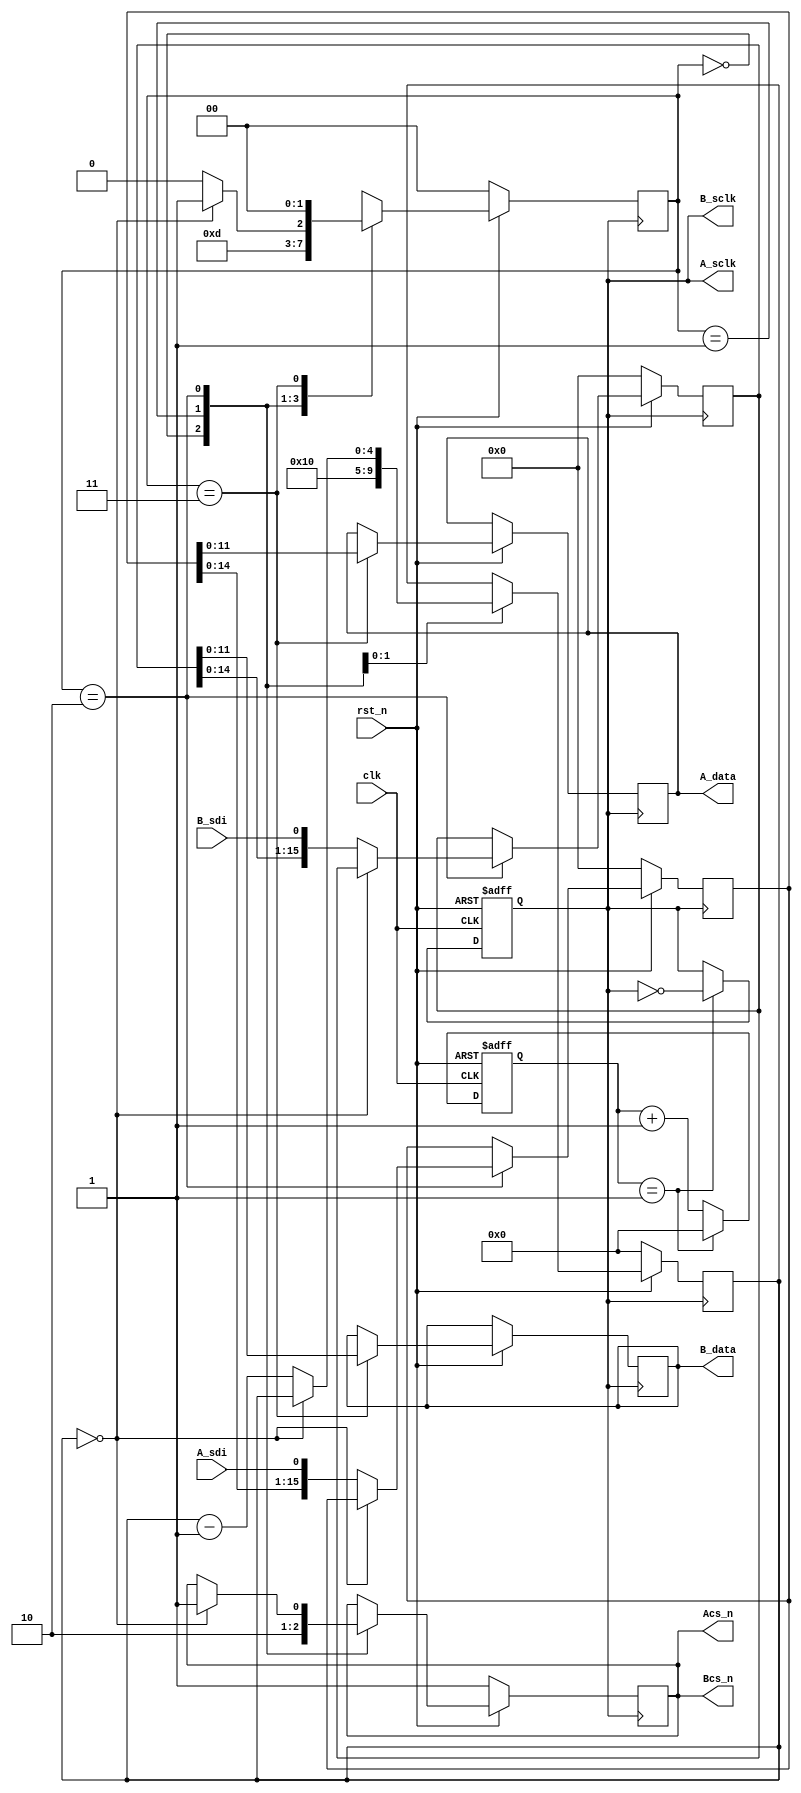
	module ad7886_crl(
		//input
		clk,
		rst_n,
		A_sdi,
		B_sdi,
		//output
		A_sclk,
		B_sclk,
		
		Acs_n,
		Bcs_n,
		
		A_data,
		B_data
);

input 	clk,rst_n;
input	A_sdi;
input	B_sdi;

output	A_sclk,Acs_n;
output	B_sclk,Bcs_n;

output	[11:0] A_data;
output	[11:0] B_data;



//-----------------------------------------------  
//   50M / 4  
reg sclk;
reg	[4:0]	cnt;
always @(posedge clk or negedge rst_n)
begin
	if (!rst_n)
		begin
		sclk <= 0;
		cnt <= 0;
		end
	else if(cnt == 5'd1)
		begin
		cnt <= 1'd0;
		sclk <= ~sclk;	
		end	
	else	
		cnt <= cnt + 1'b1;
				
end
wire A_sclk=sclk;
wire B_sclk=sclk;

//-----------------------------------------------
reg 	cs_n;
reg	[15:0]Ardout;
reg	[11:0]Adout;
reg	[15:0]Brdout;
reg	[11:0]Bdout;

//the state
reg	[4:0]i;
reg	[1:0]state;
always @(posedge sclk)
	if (!rst_n)
			begin
				Ardout <= 1'b0;
				Brdout <= 1'b0;
				i <= 1'b0;
				cs_n <= 1'b1;
				state <= 1'b0;
			end
	else	
	case (state) 
	2'b00:	begin
				cs_n <= 1'b1;
				state <= 2'b01;
			end
	2'b01:  begin
				cs_n <= 1'b0;
				state <= 2'b10;
				i <= 5'd16;
			end
	2'b10:	begin
			if( i == 5'd0 )
				begin
					cs_n <= 1'b1;
					state <= 2'b11;
					//Ardout <= {Ardout[14:0],A_sdi};
					//Brdout <= {Brdout[14:0],B_sdi};
				end
			else
				begin
					Ardout <= {Ardout[14:0],A_sdi};
					Brdout <= {Brdout[14:0],B_sdi};
					i <= i - 1'b1;	
					state <= 2'b10;
				end
			
			end	
	2'b11:	begin
				Adout  <= Ardout[11:0];
				Bdout  <= Brdout[11:0];
				state <= 2'b00;
			end
		endcase
wire[11:0]A_data = Adout;
wire[11:0]B_data = Bdout;

wire Acs_n=cs_n;
wire Bcs_n=cs_n;
		
endmodule